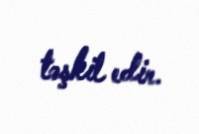
təşkil edir.